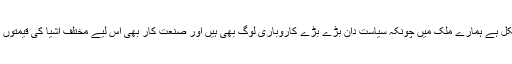
اشیا صرف کی قیمتوں میں بلا جواز اضافہ بھی کرپشن کی ایک قسم یا شکل ہے ہمارے ملک میں چونکہ سیاست دان بڑے بڑے کاروباری لوگ بھی ہیں اور صنعت کار بھی اس لیے مختلف اشیا کی قیمتوں میں اضافے کے ذریعے بھی کروڑوں کی کرپشن کا ارتکاب کرتے ہیں۔